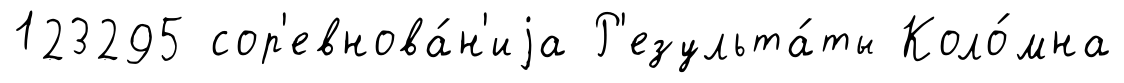
123295 сор'евнова́н'иjа Р'езульта́ты Коло́мна